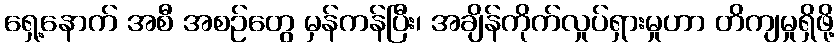
ရှေ့နောက် အစီ အစဉ်တွေ မှန်ကန်ပြီး၊ အချိန်ကိုက်လှုပ်ရှားမှုဟာ တိကျမှုရှိဖို့